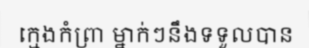
ក្មេងកំព្រា ម្នាក់ៗនឹងទទួលបាន